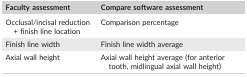
| Faculty assessment | Compare software assessment |
 | --- | --- |
 | Occlusal/incisal reduction + finish line location | Comparison percentage |
 | Finish line width | Finish line width average |
 | Axial wall height | Axial wall height average (for anterior tooth, midlingual axial wall height) |